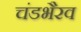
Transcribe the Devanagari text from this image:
चंडभैरव